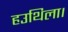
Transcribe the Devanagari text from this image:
हउथिला।